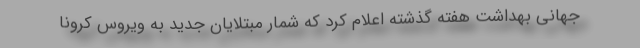
جهانی بهداشت هفته گذشته اعلام کرد که شمار مبتلایان جدید به ویروس کرونا